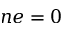
n e = 0